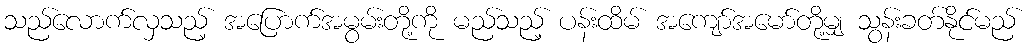
သည်လောက်လှသည့် အပြောက်အမွမ်းတို့ကို မည်သည့် ပန်းထိမ် အကျော်အမော်တို့မျှ သွန်းခတ်နိုင်မည်